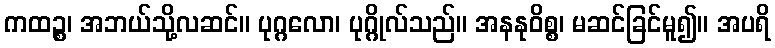
ကထဉ္စ၊ အဘယ်သို့လဆင်။ ပုဂ္ဂလော၊ ပုဂ္ဂိုလ်သည်။ အနနုဝိစ္စ၊ မဆင်ခြင်မူ၍။ အပရိ